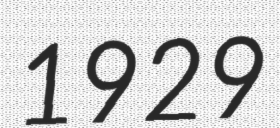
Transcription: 1929